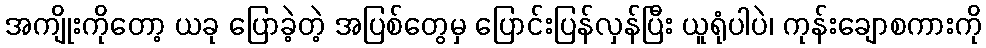
အကျိုးကိုတော့ ယခု ပြောခဲ့တဲ့ အပြစ်တွေမှ ပြောင်းပြန်လှန်ပြီး ယူရုံပါပဲ၊ ကုန်းချောစကားကို